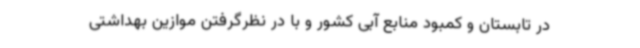
در تابستان و کمبود منابع آبی کشور و با در نظرگرفتن موازین بهداشتی